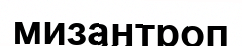
мизантроп